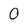
Character: O